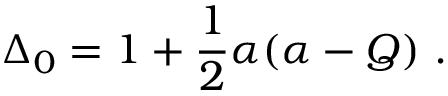
\Delta _ { 0 } = 1 + \frac { 1 } { 2 } \alpha ( \alpha - Q ) \ .